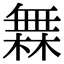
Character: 橆